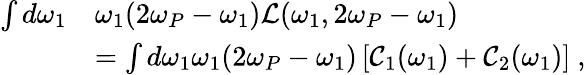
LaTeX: \begin{array}{rl}{\int d\omega_{1}}&{\omega_{1}(2\omega_{P}-\omega_{1})\mathcal{L}(\omega_{1},2\omega_{P}-\omega_{1})}\\ &{=\int d\omega_{1}\omega_{1}(2\omega_{P}-\omega_{1})\left[\mathcal{C}_{1}(\omega_{1})+\mathcal{C}_{2}(\omega_{1})\right]\ ,}\end{array}